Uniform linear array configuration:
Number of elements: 48
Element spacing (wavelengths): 0.5
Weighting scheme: cosine
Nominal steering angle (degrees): -45
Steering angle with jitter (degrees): -43.775
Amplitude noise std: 0.05
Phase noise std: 0.05

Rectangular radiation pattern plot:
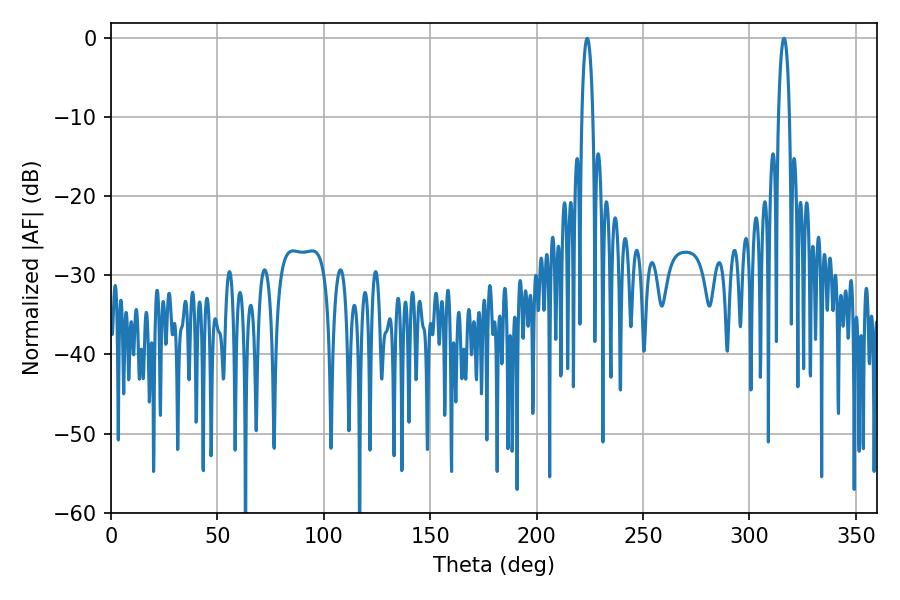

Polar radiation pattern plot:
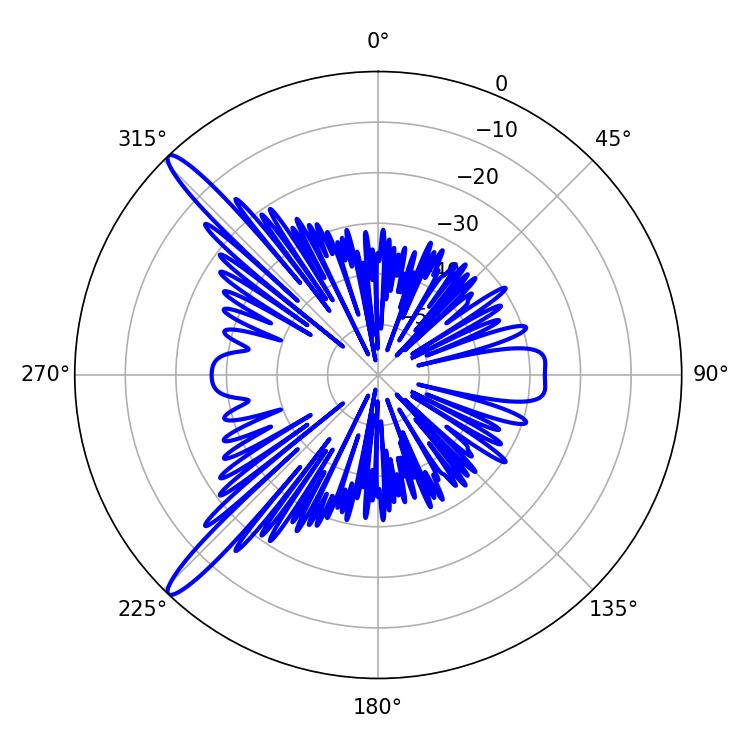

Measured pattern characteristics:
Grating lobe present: FALSE
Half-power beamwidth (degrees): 2.88
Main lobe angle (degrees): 223.74